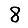
Digit: 8